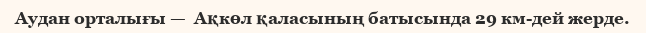
Аудан орталығы —  Ақкөл қаласының батысында 29 км-дей жерде.